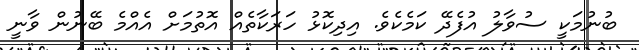
ބުނުމަކީ ސުވާލު އުފެދޭ ކަމެކެވެ. އިދިކޮޅު ހަރަކާތެއް އޮތުމަށް އެއްމެ ބޭނުން ވާނީ